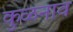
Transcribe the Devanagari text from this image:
कुळनाव